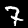
Label: 7